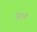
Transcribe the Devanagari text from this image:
ज़ेघर